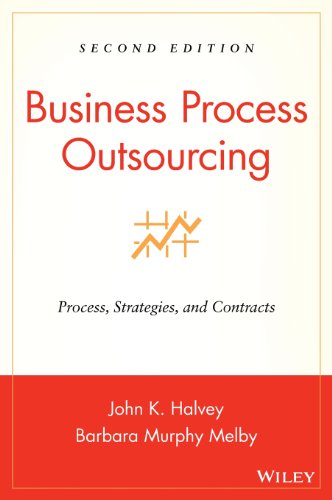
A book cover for Business Process Outsourcing: Process, Strategies, and Contracts; John K. Halvey; Business & Money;